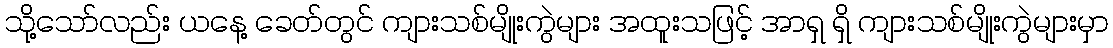
သို့သော်လည်း ယနေ့ ခေတ်တွင် ကျားသစ်မျိုးကွဲများ အထူးသဖြင့် အာရှ ရှိ ကျားသစ်မျိုးကွဲများမှာ